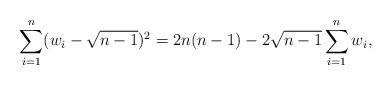
LaTeX: \begin{align*}\sum_{i=1}^n(w_i-\sqrt{n-1})^2&=2n(n-1)-2\sqrt{n-1}\sum_{i=1}^n w_i, \end{align*}